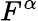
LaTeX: F^{\alpha}